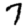
Digit: 7